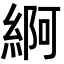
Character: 䋪